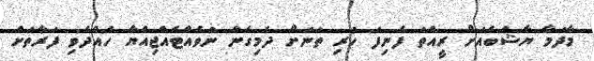
މާދަމާ ޔާޝްބެއަށް ރީއްތަ ފެނިފަ ހުރި ތަނަށް ދެމިގެން ނުވެއްޓެއްޖިއްޔާ ހެއްދެވި ފަރާތަށް